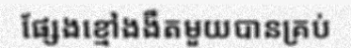
ផ្សែងខ្មៅងងឹតមួយបានគ្រប់